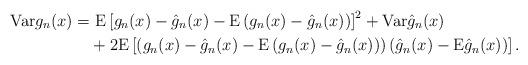
LaTeX: \begin{align*}\mathrm{Var}g_n(x)=&~\mathrm{E}\left[g_n(x)-\hat{g}_n(x)-\mathrm{E}\left(g_n(x)-\hat{g}_n(x)\right)\right]^2 + \mathrm{Var}\hat{g}_n(x)\\&+2\mathrm{E}\left[\left(g_n(x)-\hat{g}_n(x)-\mathrm{E}\left(g_n(x)-\hat{g}_n(x)\right)\right)\left(\hat{g}_n(x)-\mathrm{E}\hat{g}_n(x)\right)\right].\end{align*}